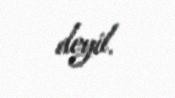
deyil.